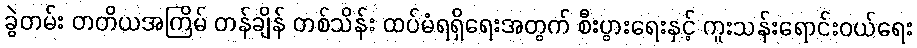
ခွဲတမ်း တတိယအကြိမ် တန်ချိန် တစ်သိန်း ထပ်မံရရှိရေးအတွက် စီးပွားရေးနှင့် ကူးသန်းရောင်းဝယ်ရေး